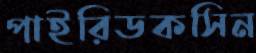
পাইরিডকসিন